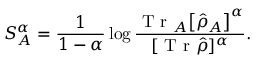
S _ { A } ^ { \alpha } = \frac { 1 } { 1 - \alpha } \log \frac { \mathrm { ~ T ~ r ~ } _ { A } \big [ \hat { \rho } _ { A } \big ] ^ { \alpha } } { [ \mathrm { ~ T ~ r ~ } \hat { \rho } ] ^ { \alpha } } .